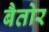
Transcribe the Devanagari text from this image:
बैतोर